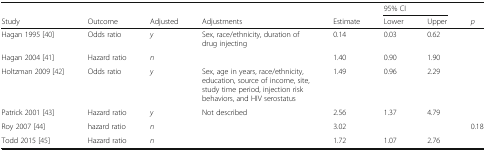
|  |  |  |  |  | <COLSPAN=2> 95% CI |  |
 | Study | Outcome | Adjusted | Adjustments | Estimate | Lower | Upper | p |
 | --- | --- | --- | --- | --- | --- | --- | --- |
 | Hagan 1995 [40] | Odds ratio | y | Sex, race/ethnicity, duration of drug injecting | 0.14 | 0.03 | 0.62 |  |
 | Hagan 2004 [41] | Hazard ratio | n |  | 1.40 | 0.90 | 1.90 |  |
 | Holtzman 2009 [42] | Odds ratio | y | Sex, age in years, race/ethnicity, education, source of income, site, study time period, injection risk behaviors, and HIV serostatus | 1.49 | 0.96 | 2.29 |  |
 | Patrick 2001 [43] | Hazard ratio | y | Not described | 2.56 | 1.37 | 4.79 |  |
 | Roy 2007 [44] | hazard ratio | n |  | 3.02 |  |  | 0.18 |
 | Todd 2015 [45] | Hazard ratio | n |  | 1.72 | 1.07 | 2.76 |  |